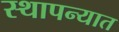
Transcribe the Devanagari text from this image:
स्थापन्यात